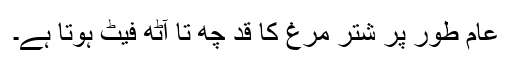
عام طور پر شتر مرغ کا قد چھ تا آٹھ فیٹ ہوتا ہے۔